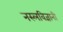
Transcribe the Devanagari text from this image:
नस्लविज्ञानी